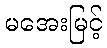
မအေးမြင့်